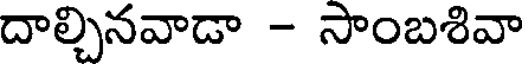
దాల్చినవాడా - సాంబశివా